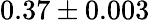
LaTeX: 0.37\pm 0.003